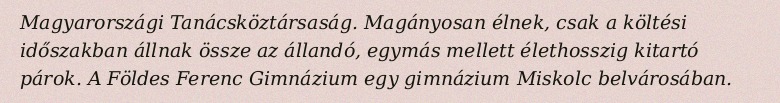
Magyarországi Tanácsköztársaság. Magányosan élnek, csak a költési időszakban állnak össze az állandó, egymás mellett élethosszig kitartó párok. A Földes Ferenc Gimnázium egy gimnázium Miskolc belvárosában.